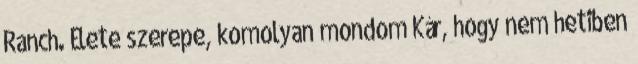
Ranch. Élete szerepe, komolyan mondom Kár, hogy nem hetiben